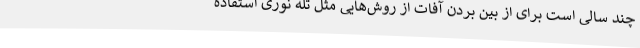
چند سالی است برای از بین بردن آفات از روش‌هایی مثل تله نوری استفاده